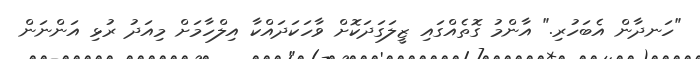
"ހަނދާން އެބަހުރި." އާންމު ގޮތެއްގައި ޒީލަގަދަކޮށް ވާހަކަދައްކާ އިލްހާމަށް މިއަދު ރުޅި އަންނަން